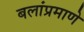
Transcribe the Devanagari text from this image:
बलांप्रमाणे